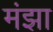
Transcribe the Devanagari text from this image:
मंझा